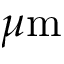
\mu \mathrm { m }